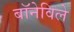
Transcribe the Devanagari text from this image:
बॉनेविले